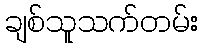
ချစ်သူသက်တမ်း